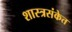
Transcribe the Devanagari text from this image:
शास्त्रसंकेत